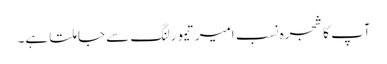
آپ کا شجرہ نسب امیرتیمورلنگ سے جا ملتا ہے۔